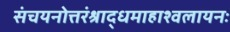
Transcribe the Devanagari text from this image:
संचयनोत्तरंश्राद्धमाहाश्वलायनः